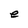
Character: e